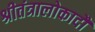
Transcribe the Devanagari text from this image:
श्रीतंत्रालोकादौ